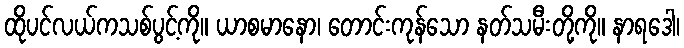
ထိုပင်လယ်ကသစ်ပွင့်ကို။ ယာစမာနော၊ တောင်းကုန်သော နတ်သမီးတို့ကို။ နာရဒေါ၊